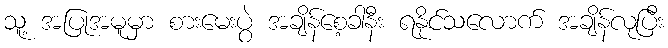
သူ့ အပြုအမူမှာ စားမေးပွဲ အချိန်စေ့ခါနီး ရနိုင်သလောက် အချိန်လုပြီး